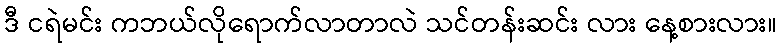
ဒီ ငရဲမင်း ကဘယ်လိုရောက်လာတာလဲ သင်တန်းဆင်း လား နေ့စားလား။